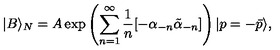
| B \rangle _ { N } = A \exp \left( \sum _ { n = 1 } ^ { \infty } { \frac { 1 } { n } } [ - \alpha _ { - n } \tilde { \alpha } _ { - n } ] \right) | p = - \bar { p } \rangle ,